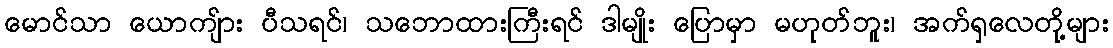
မောင်သာ ယောကျ်ား ပီသရင်၊ သဘောထားကြီးရင် ဒါမျိုး ပြောမှာ မဟုတ်ဘူး၊ အက်ရှလေတို့များ